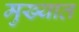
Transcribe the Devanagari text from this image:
मुख्यात